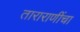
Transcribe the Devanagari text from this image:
ताराराणींचा